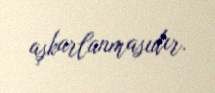
aşkarlanmasıdır.